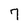
Character: 7